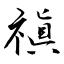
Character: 禛